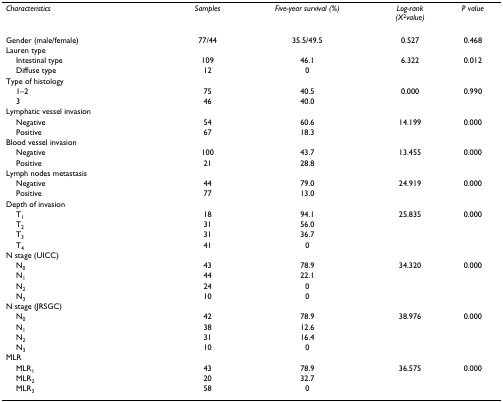
<table><thead><tr><td><b><i>Characteristics</i></b></td><td><b><i>Samples</i></b></td><td><b><i>Five-year survival (%)</i></b></td><td><b><i>Log-rank</i><i>(X</i><sup>2</sup><i>value)</i></b></td><td><b><i>P value</i></b></td></tr></thead><tbody><tr><td>Gender (male/female)</td><td>77/44</td><td>35.5/49.5</td><td>0.527</td><td>0.468</td></tr><tr><td>Lauren type</td><td></td><td></td><td></td><td></td></tr><tr><td> Intestinal type</td><td>109</td><td>46.1</td><td>6.322</td><td>0.012</td></tr><tr><td> Diffuse type</td><td>12</td><td>0</td><td></td><td></td></tr><tr><td>Type of histology</td><td></td><td></td><td></td><td></td></tr><tr><td> 1–2</td><td>75</td><td>40.5</td><td>0.000</td><td>0.990</td></tr><tr><td> 3</td><td>46</td><td>40.0</td><td></td><td></td></tr><tr><td>Lymphatic vessel invasion</td><td></td><td></td><td></td><td></td></tr><tr><td> Negative</td><td>54</td><td>60.6</td><td>14.199</td><td>0.000</td></tr><tr><td> Positive</td><td>67</td><td>18.3</td><td></td><td></td></tr><tr><td>Blood vessel invasion</td><td></td><td></td><td></td><td></td></tr><tr><td> Negative</td><td>100</td><td>43.7</td><td>13.455</td><td>0.000</td></tr><tr><td> Positive</td><td>21</td><td>28.8</td><td></td><td></td></tr><tr><td>Lymph nodes metastasis</td><td></td><td></td><td></td><td></td></tr><tr><td> Negative</td><td>44</td><td>79.0</td><td>24.919</td><td>0.000</td></tr><tr><td> Positive</td><td>77</td><td>13.0</td><td></td><td></td></tr><tr><td>Depth of invasion</td><td></td><td></td><td></td><td></td></tr><tr><td> T<sub>1</sub></td><td>18</td><td>94.1</td><td>25.835</td><td>0.000</td></tr><tr><td> T<sub>2</sub></td><td>31</td><td>56.0</td><td></td><td></td></tr><tr><td> T<sub>3</sub></td><td>31</td><td>36.7</td><td></td><td></td></tr><tr><td> T<sub>4</sub></td><td>41</td><td>0</td><td></td><td></td></tr><tr><td>N stage (UICC)</td><td></td><td></td><td></td><td></td></tr><tr><td> N<sub>0</sub></td><td>43</td><td>78.9</td><td>34.320</td><td>0.000</td></tr><tr><td> N<sub>1</sub></td><td>44</td><td>22.1</td><td></td><td></td></tr><tr><td> N<sub>2</sub></td><td>24</td><td>0</td><td></td><td></td></tr><tr><td> N<sub>3</sub></td><td>10</td><td>0</td><td></td><td></td></tr><tr><td>N stage (JRSGC)</td><td></td><td></td><td></td><td></td></tr><tr><td> N<sub>0</sub></td><td>42</td><td>78.9</td><td>38.976</td><td>0.000</td></tr><tr><td> N<sub>1</sub></td><td>38</td><td>12.6</td><td></td><td></td></tr><tr><td> N<sub>2</sub></td><td>31</td><td>16.4</td><td></td><td></td></tr><tr><td> N<sub>3</sub></td><td>10</td><td>0</td><td></td><td></td></tr><tr><td>MLR</td><td></td><td></td><td></td><td></td></tr><tr><td> MLR<sub>1</sub></td><td>43</td><td>78.9</td><td>36.575</td><td>0.000</td></tr><tr><td> MLR<sub>2</sub></td><td>20</td><td>32.7</td><td></td><td></td></tr><tr><td> MLR<sub>3</sub></td><td>58</td><td>0</td><td></td><td></td></tr></tbody></table>